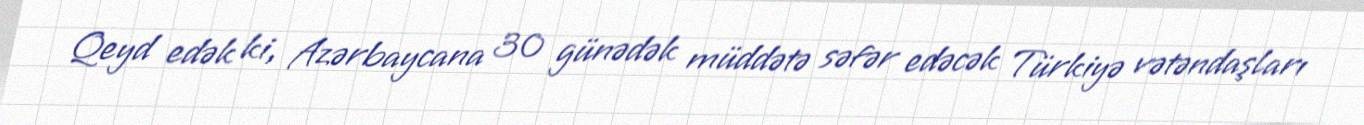
Qeyd edək ki, Azərbaycana 30 günədək müddətə səfər edəcək Türkiyə vətəndaşları